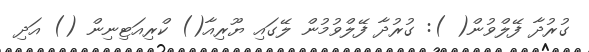
ގުރުދާ ފޭލްވުން( ): ގުރުދާ ފޭލްވުމުން ލޭގައި ޔޫރިއާ() ކްރިއަޓިނިން () އަދި